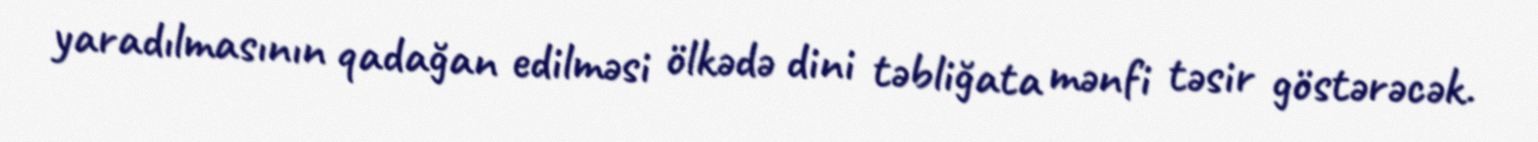
yaradılmasının qadağan edilməsi ölkədə dini təbliğata mənfi təsir göstərəcək.